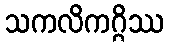
သကလိကဂ္ဂိဿ